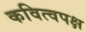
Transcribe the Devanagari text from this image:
कवित्वपक्ष